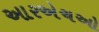
આરએચઓ